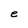
Character: e